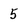
Character: 5